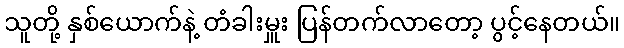
သူတို့ နှစ်ယောက်နဲ့ တံခါးမှူး ပြန်တက်လာတော့ ပွင့်နေတယ်။